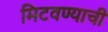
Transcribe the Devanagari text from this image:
मिटवण्याची